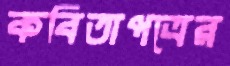
কবিতাপত্রের